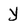
Character: y